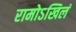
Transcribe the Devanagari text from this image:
रामोऽखिलं